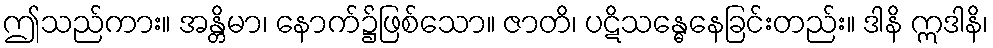
ဤသည်ကား။ အန္တိမာ၊ နောက်၌ဖြစ်သော။ ဇာတိ၊ ပဋိသန္ဓေနေခြင်းတည်း။ ဒါနိ ဣဒါနိ၊